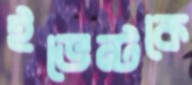
ইভেন্টকে